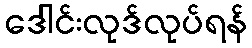
ဒေါင်းလုဒ်လုပ်ရန်